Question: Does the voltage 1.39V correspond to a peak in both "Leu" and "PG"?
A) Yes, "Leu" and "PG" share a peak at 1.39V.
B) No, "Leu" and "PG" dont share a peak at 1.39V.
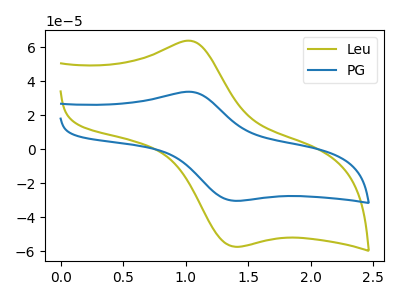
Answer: <think>The olive curve "Leu" has an anodic peak at (1.05V, 63.60uA) and a cathodic peak at (1.40V, -57.40uA). The blue curve "PG" has an anodic peak at (1.05V, 33.70uA) and a cathodic peak at (1.40V, -30.40uA).</think>
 <answer>A) Yes, "Leu" and "PG" share a peak at 1.39V.</answer>
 <eval>A</eval>